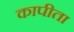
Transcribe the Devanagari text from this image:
कापीता